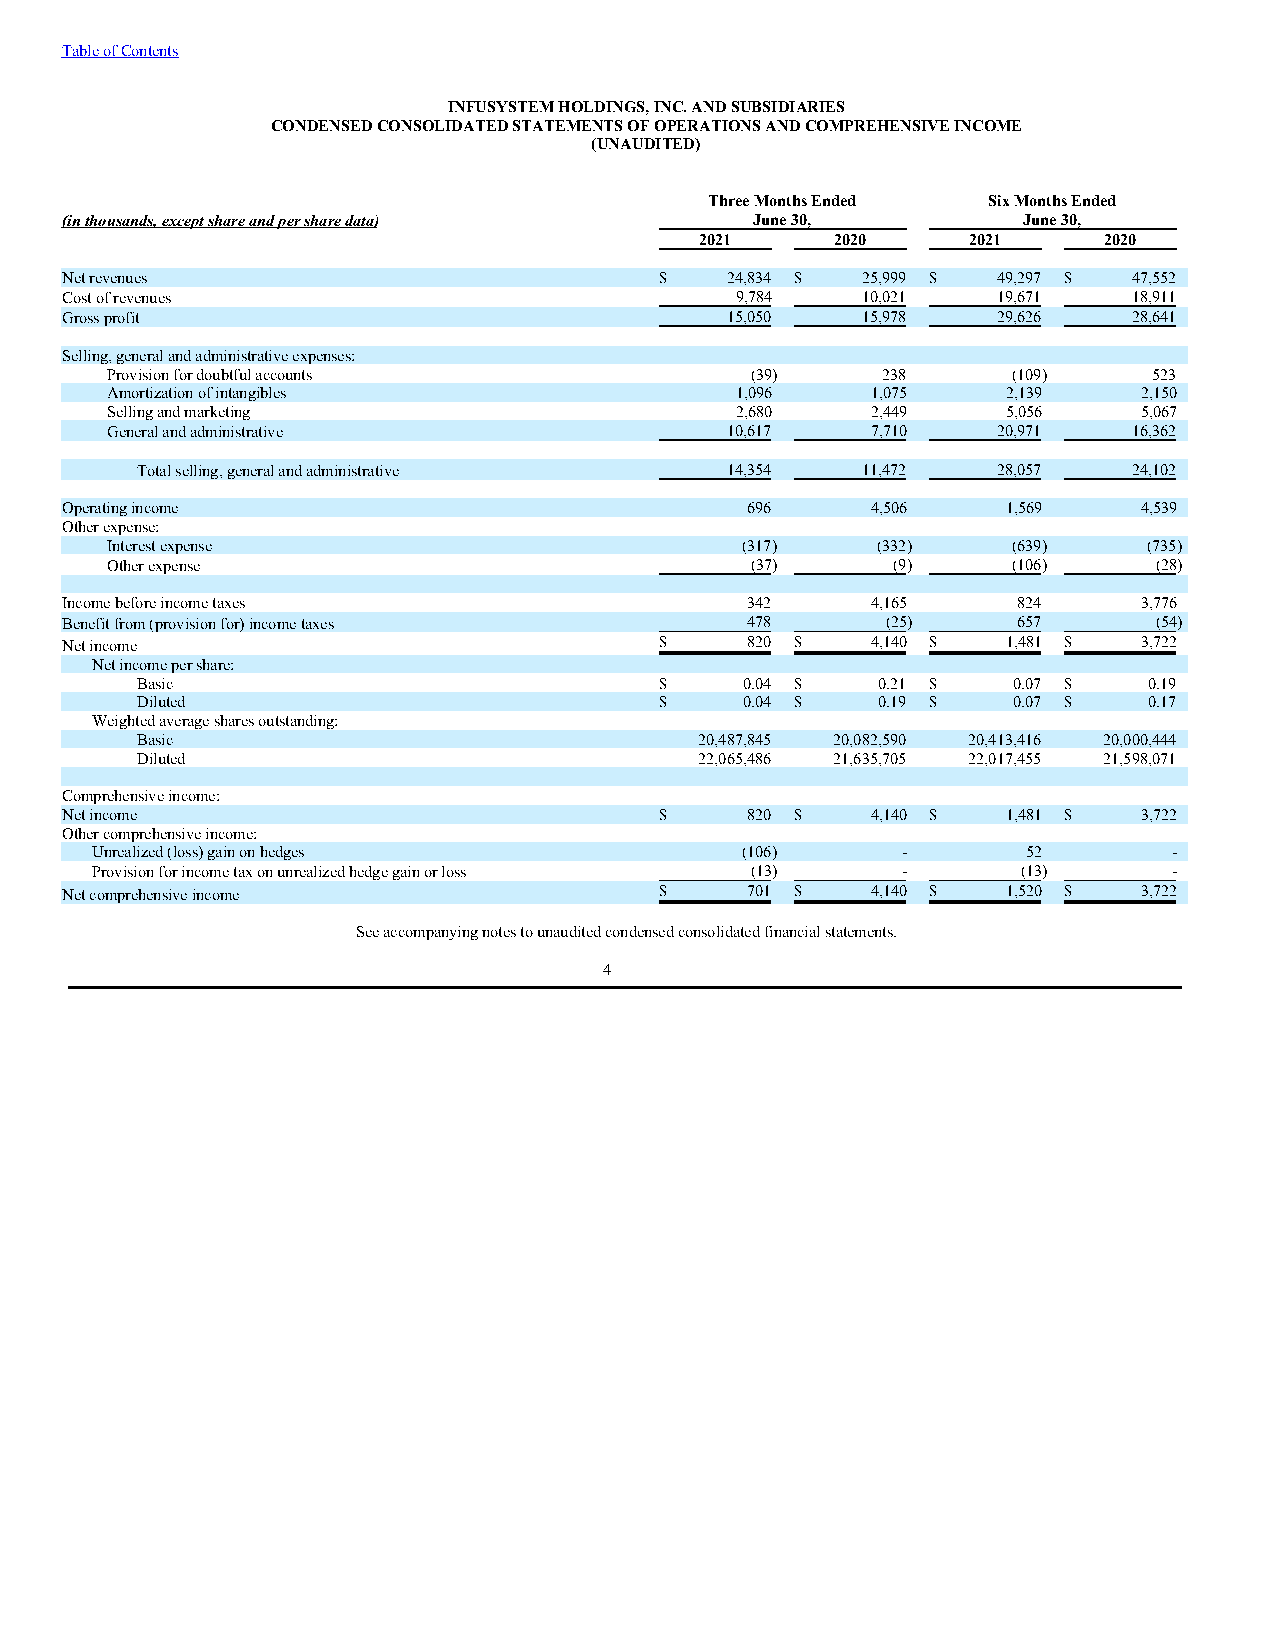
Table of Contents
 INFUSYSTEM HOLDINGS, INC. AND SUBSIDIARIES
 CONDENSED CONSOLIDATED STATEMENTS OF OPERATIONS AND COMPREHENSIVE INCOME
 (UNAUDITED)
 Three Months Ended Six Months Ended
 (in thousands, except share and per share data) June 30,        June 30,
 2021     2020     2021     2020
 Net revenues                            $   24,834 $ 25,999 $ 49,297 $ 47,552
 Cost of revenues                             9,784   10,021   19,671   18,911
 Gross profit                                15,050   15,978   29,626   28,641
 Selling, general and administrative expenses:
 Provision for doubtful accounts            (39)    238      (109)    523
 Amortization of intangibles               1,096    1,075    2,139    2,150
 Selling and marketing                     2,680    2,449    5,056    5,067
 General and administrative               10,617    7,710   20,971   16,362
 Total selling, general and administrative 14,354 11,472  28,057   24,102
 Operating income                             696      4,506    1,569    4,539
 Other expense:
 Interest expense                          (317)    (332)    (639)    (735)
 Other expense                              (37)     (9)     (106)     (28)
 Income before income taxes                   342      4,165    824      3,776
 Benefit from (provision for) income taxes    478       (25)    657       (54)
 Net income                              $    820 $    4,140 $  1,481 $  3,722
 Net income per share:
 Basic                              $    0.04 $   0.21 $   0.07 $   0.19
 Diluted                            $    0.04 $   0.19 $   0.07 $   0.17
 Weighted average shares outstanding:
 Basic                                20,487,845 20,082,590 20,413,416 20,000,444
 Diluted                              22,065,486 21,635,705 22,017,455 21,598,071
 Comprehensive income:
 Net income                              $    820 $    4,140 $  1,481 $  3,722
 Other comprehensive income:
 Unrealized (loss) gain on hedges           (106)      -       52        -
 Provision for income tax on unrealized hedge gain or loss (13) - (13)   -
 Net comprehensive income                $    701 $    4,140 $  1,520 $  3,722
 See accompanying notes to unaudited condensed consolidated financial statements.
 4